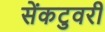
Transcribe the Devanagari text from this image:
सेंकटुवरी